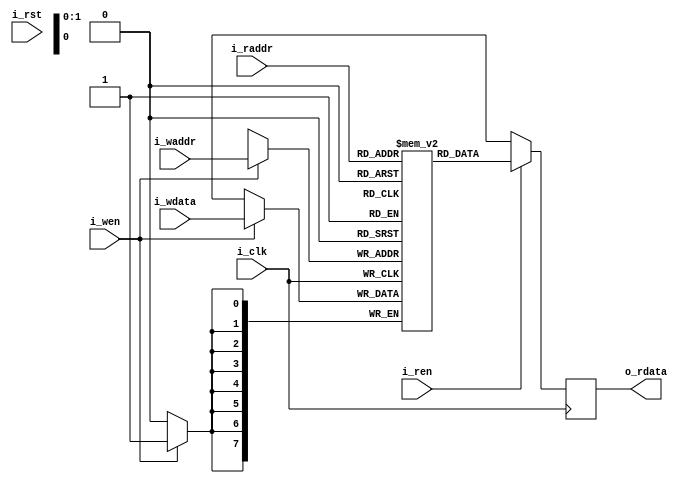
// This program was cloned from: https://github.com/olofk/subservient
// License: Apache License 2.0

module subservient_generic_ram
  #(parameter depth = 0,
    parameter aw = $clog2(depth),
    parameter memfile = "")
   (input wire		i_clk,
    input wire		i_rst,
    //SRAM interface
    input wire [aw-1:0]	i_waddr,
    input wire [7:0]	i_wdata,
    input wire		i_wen,
    input wire [aw-1:0]	i_raddr,
    output reg [7:0]	o_rdata,
    input wire		i_ren);

   reg [7:0]	       mem [0:depth-1] /* verilator public */;

   always @(posedge i_clk) begin
      if (i_wen) mem[i_waddr]   <= i_wdata;
      o_rdata <= i_ren ? mem[i_raddr] : 8'bx;
   end

   initial
     if(|memfile) begin
	$display("Preloading %m from %s", memfile);
	$readmemh(memfile, mem);
     end
endmodule